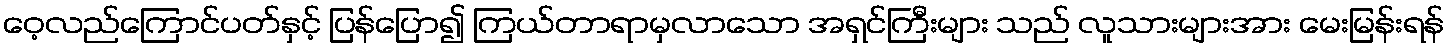
ဝေ့လည်ကြောင်ပတ်နှင့် ပြန်ပြော၍ ကြယ်တာရာမှလာသော အရှင်ကြီးများ သည် လူသားများအား မေးမြန်းရန်